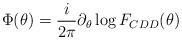
LaTeX: \begin{align*}\Phi(\theta)={i\over2\pi}\partial_\theta \log F_{CDD}(\theta)\end{align*}